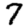
Digit: 7